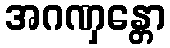
အဂဏှန္တော